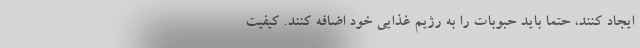
ایجاد کنند، حتماً باید حبوبات را به رژیم غذایی خود اضافه کنند. کیفیت